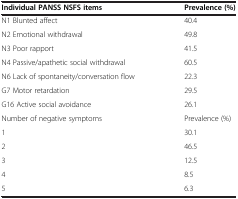
| Individual PANSS NSFS items | Prevalence (%) |
 | --- | --- |
 | N1 Blunted affect | 40.4 |
 | N2 Emotional withdrawal | 49.8 |
 | N3 Poor rapport | 41.5 |
 | N4 Passive/apathetic social withdrawal | 60.5 |
 | N6 Lack of spontaneity/conversation flow | 22.3 |
 | G7 Motor retardation | 29.5 |
 | G16 Active social avoidance | 26.1 |
 | Number of negative symptoms | Prevalence (%) |
 | 1 | 30.1 |
 | 2 | 46.5 |
 | 3 | 12.5 |
 | 4 | 8.5 |
 | 5 | 6.3 |